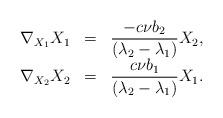
LaTeX: \begin{align*}\begin{array}{ccc} \nabla_{X_{1}}X_{1} & = &\displaystyle\frac{-c\nu b_{2}}{(\lambda_{2}-\lambda_{1})}X_{2}, \\ \nabla_{X_{2}}X_{2} & = &\displaystyle\frac{c\nu b_{1}}{(\lambda_{2}-\lambda_{1})}X_{1} . \end{array}\end{align*}